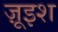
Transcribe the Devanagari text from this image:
ज़ूइश